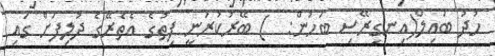
ހުދު ބައިލް(އިނގިރޭސި ބަހުން:  ) ބޭރުކުރަނީ ފިތުގެ އެތެރޭގެ ދުލިފަށް ގައި